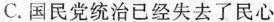
C.国民党统治已经失去了民心